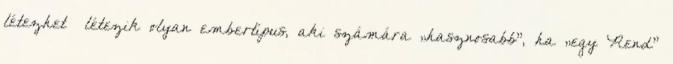
létezhet létezik o­lyan embertípus, aki számára „hasznosabb”, ha „egy Rend”